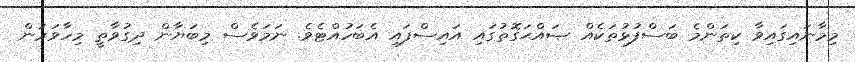
މިމާނައިގައިވާ ކިތަންމެ ބަސްފުޅުތަކެއް ޞައްޙަގޮތުގައި އައިސްފައި އެބަހުއްޓެވެ. ނަމަވެސް މިބަޔާން ދިގުވާތީ މިހާވަރުން